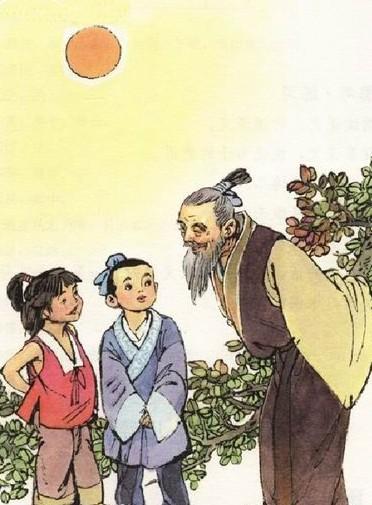
日初出大如车盖，及日中则如盘盂，此不为远者小而近者大乎？